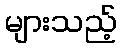
များသည့်